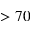
> 7 0